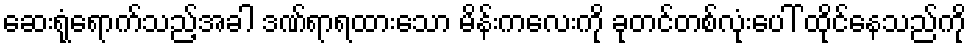
ဆေးရုံရောက်သည့်အခါ ဒဏ်ရာရထားသော မိန်းကလေးကို ခုတင်တစ်လုံးပေါ် ထိုင်နေသည်ကို